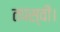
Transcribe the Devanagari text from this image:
तपस्वी।